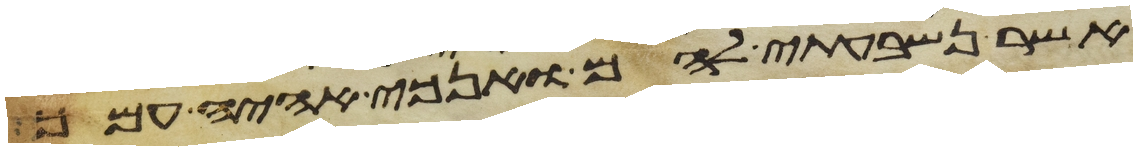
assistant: אשר נשבעתי להם ואנכי אהיה עמך